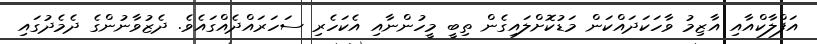
އަފްލާކްއާއި އާޒިމު ވާހަކަދައްކަން މަޑުކޮށްލައިގެން ތިބީ މީހުންނާއި އެކަހެރި ސަހަރައްދެއްގައެވެ. ދެޒުވާނުންގެ ދެމެދުގައި